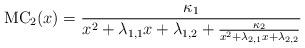
LaTeX: \begin{align*}\mathrm{MC}_2(x)=\frac{\kappa_1}{x^2+\lambda_{1,1}x+\lambda_{1,2}+\frac{\kappa_2}{x^2+\lambda_{2,1}x+\lambda_{2,2}}}\end{align*}